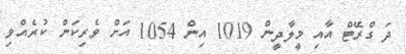
ދަ ގްރޭޓް އާއި މީލާދީން 1019 އިން 1054 އަށް ވެރިކަން ކުރެއްވި